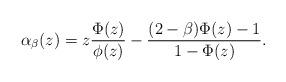
LaTeX: \begin{align*}\alpha_\beta(z)=z\frac{\Phi(z)}{\phi(z)} - \frac{(2-\beta)\Phi(z)-1}{1-\Phi(z)}.\end{align*}